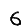
Digit: 6